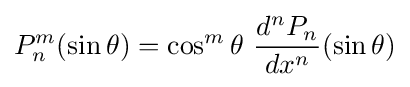
P_{n}^{m}(\sin \theta )=\cos ^{m}\theta \ {\frac {d^{n}P_{n}}{dx^{n}}}(\sin \theta )